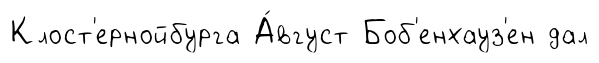
Клост'ернойбурга А́вгуст Боб'енхауз'ен дал